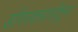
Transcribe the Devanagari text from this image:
डोंगरकपारीतून